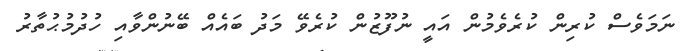
ނަމަވެސް ކުރިން ކުރެވެމުން އައީ ނުފޫޒުން ކުރެވޭ މަދު ބައެއް ބޭނުންވާއި ހުދުމުޙުތާރު